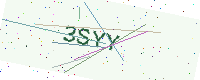
Text: 3SYY